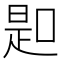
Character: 𠸭